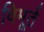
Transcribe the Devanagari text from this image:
विमूर्त